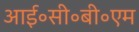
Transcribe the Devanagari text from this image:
आई॰सी॰बी॰एम